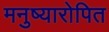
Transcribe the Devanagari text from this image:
मनुष्यारोपित